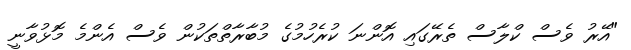
"އޭރު ވެސް ކްލާސް ތެރޭގައި އޮންނަ ކުރެހުމުގެ މުބާރާތްތަކުން ވެސް އެންމެ މޮޅުވާނީ